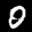
Label: 0